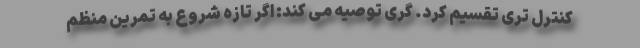
کنترل تری تقسیم کرد. گری توصیه می کند: اگر تازه شروع به تمرین منظم